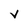
Character: V